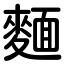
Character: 麵